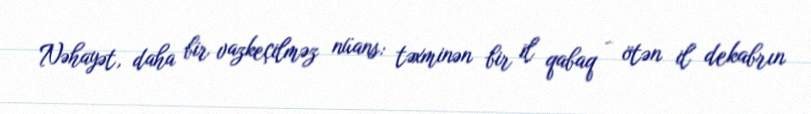
Nəhayət, daha bir vazkeçilməz nüans: təxminən bir il qabaq - ötən il dekabrın